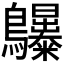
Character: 𪈫